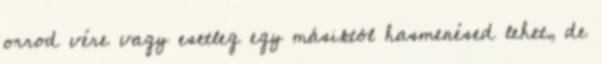
orrod vére vagy esetleg egy másiktól hasmenésed lehet, de